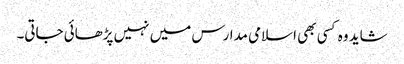
شاید وہ کسی بھی اسلامی مدارس میں نہیں پڑھائی جاتی۔